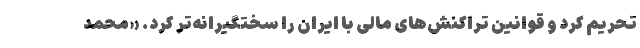
تحریم کرد و قوانین تراکنش‌های مالی با ایران را سختگیرانه‌تر کرد. «محمد